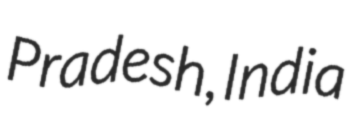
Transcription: Pradesh, India